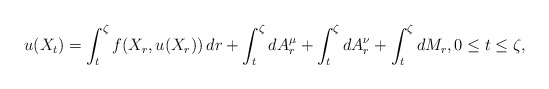
\begin{align*}u(X_{t})=\int_{t}^{\zeta}f(X_r,u(X_r))\,dr+\int_{t}^{\zeta}dA_{r}^{\mu}+\int_{t}^{\zeta}dA_{r}^{\nu} +\int_{t}^{\zeta}dM_{r},0\le t\le\zeta,\end{align*}